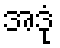
အဒုံ